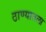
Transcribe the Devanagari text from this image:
ठाण्यातला